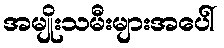
အမျိုးသမီးများအပေါ်